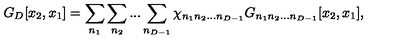
G _ { D } [ x _ { 2 } , x _ { 1 } ] = \sum _ { n _ { 1 } } \sum _ { n _ { 2 } } . . . \sum _ { n _ { D - 1 } } \chi _ { n _ { 1 } n _ { 2 } . . . n _ { D - 1 } } G _ { n _ { 1 } n _ { 2 } . . . n _ { D - 1 } } [ x _ { 2 } , x _ { 1 } ] ,